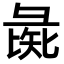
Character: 彘